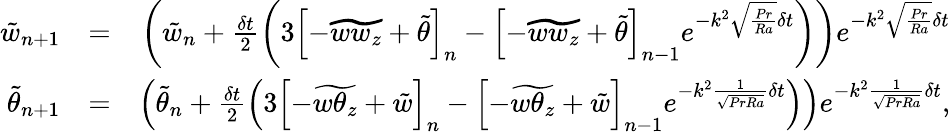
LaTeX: \begin{array}{rlr}{\tilde{w}_{n+1}}&{=}&{\left(\tilde{w}_{n}+\frac{\delta t}{2}\left(3\left[-\widetilde{ww_{z}}+\tilde{\theta}\right]_{n}-\left[-\widetilde{ww_{z}}+\tilde{\theta}\right]_{n-1}e^{-k^{2}\sqrt{\frac{Pr}{Ra}}\delta t}\right)\right)e^{-k^{2}\sqrt{\frac{Pr}{Ra}}\delta t}}\\ {\tilde{\theta}_{n+1}}&{=}&{\left(\tilde{\theta}_{n}+\frac{\delta t}{2}\left(3\left[-\widetilde{w\theta_{z}}+\tilde{w}\right]_{n}-\left[-\widetilde{w\theta_{z}}+\tilde{w}\right]_{n-1}e^{-k^{2}\frac{1}{\sqrt{PrRa}}\delta t}\right)\right)e^{-k^{2}\frac{1}{\sqrt{PrRa}}\delta t},}\end{array}